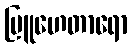
ဗြူဟေတာရော